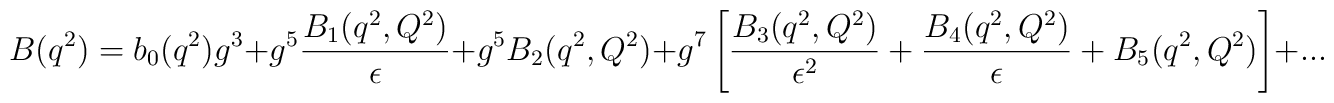
B(q^2)=b_0(q^2)g^3+g^5{B_1(q^2,Q^2)\over \epsilon}+g^5B_2(q^2,Q^2)+g^7\left[{B_3(q^2,Q^2) \over \epsilon^2}+{B_4(q^2,Q^2)\over \epsilon}+B_5(q^2,Q^2)\right]+...